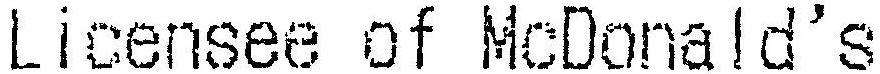
LICENSEE OF MCDONALD'S